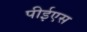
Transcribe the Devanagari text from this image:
पीईएस